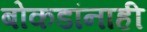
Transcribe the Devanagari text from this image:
बोकडांनाही